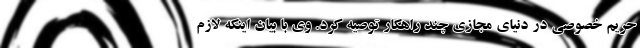
حریم خصوصی در دنیای مجازی چند راهکار توصیه کرد. وی با بیان اینکه لازم